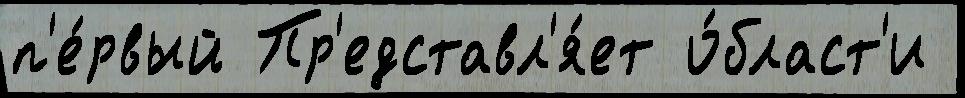
п'е́рвый Пр'едставл'я́ет о́бласт'и